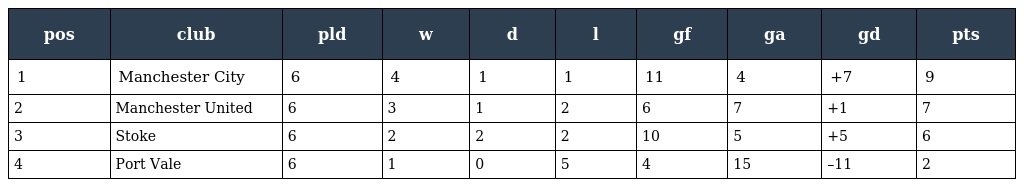
| pos | club | pld | w | d | l | gf | ga | gd | pts |
 | --- | --- | --- | --- | --- | --- | --- | --- | --- | --- |
 | 1 | Manchester City | 6 | 4 | 1 | 1 | 11 | 4 | +7 | 9 |
 | 2 | Manchester United | 6 | 3 | 1 | 2 | 6 | 7 | +1 | 7 |
 | 3 | Stoke | 6 | 2 | 2 | 2 | 10 | 5 | +5 | 6 |
 | 4 | Port Vale | 6 | 1 | 0 | 5 | 4 | 15 | –11 | 2 |